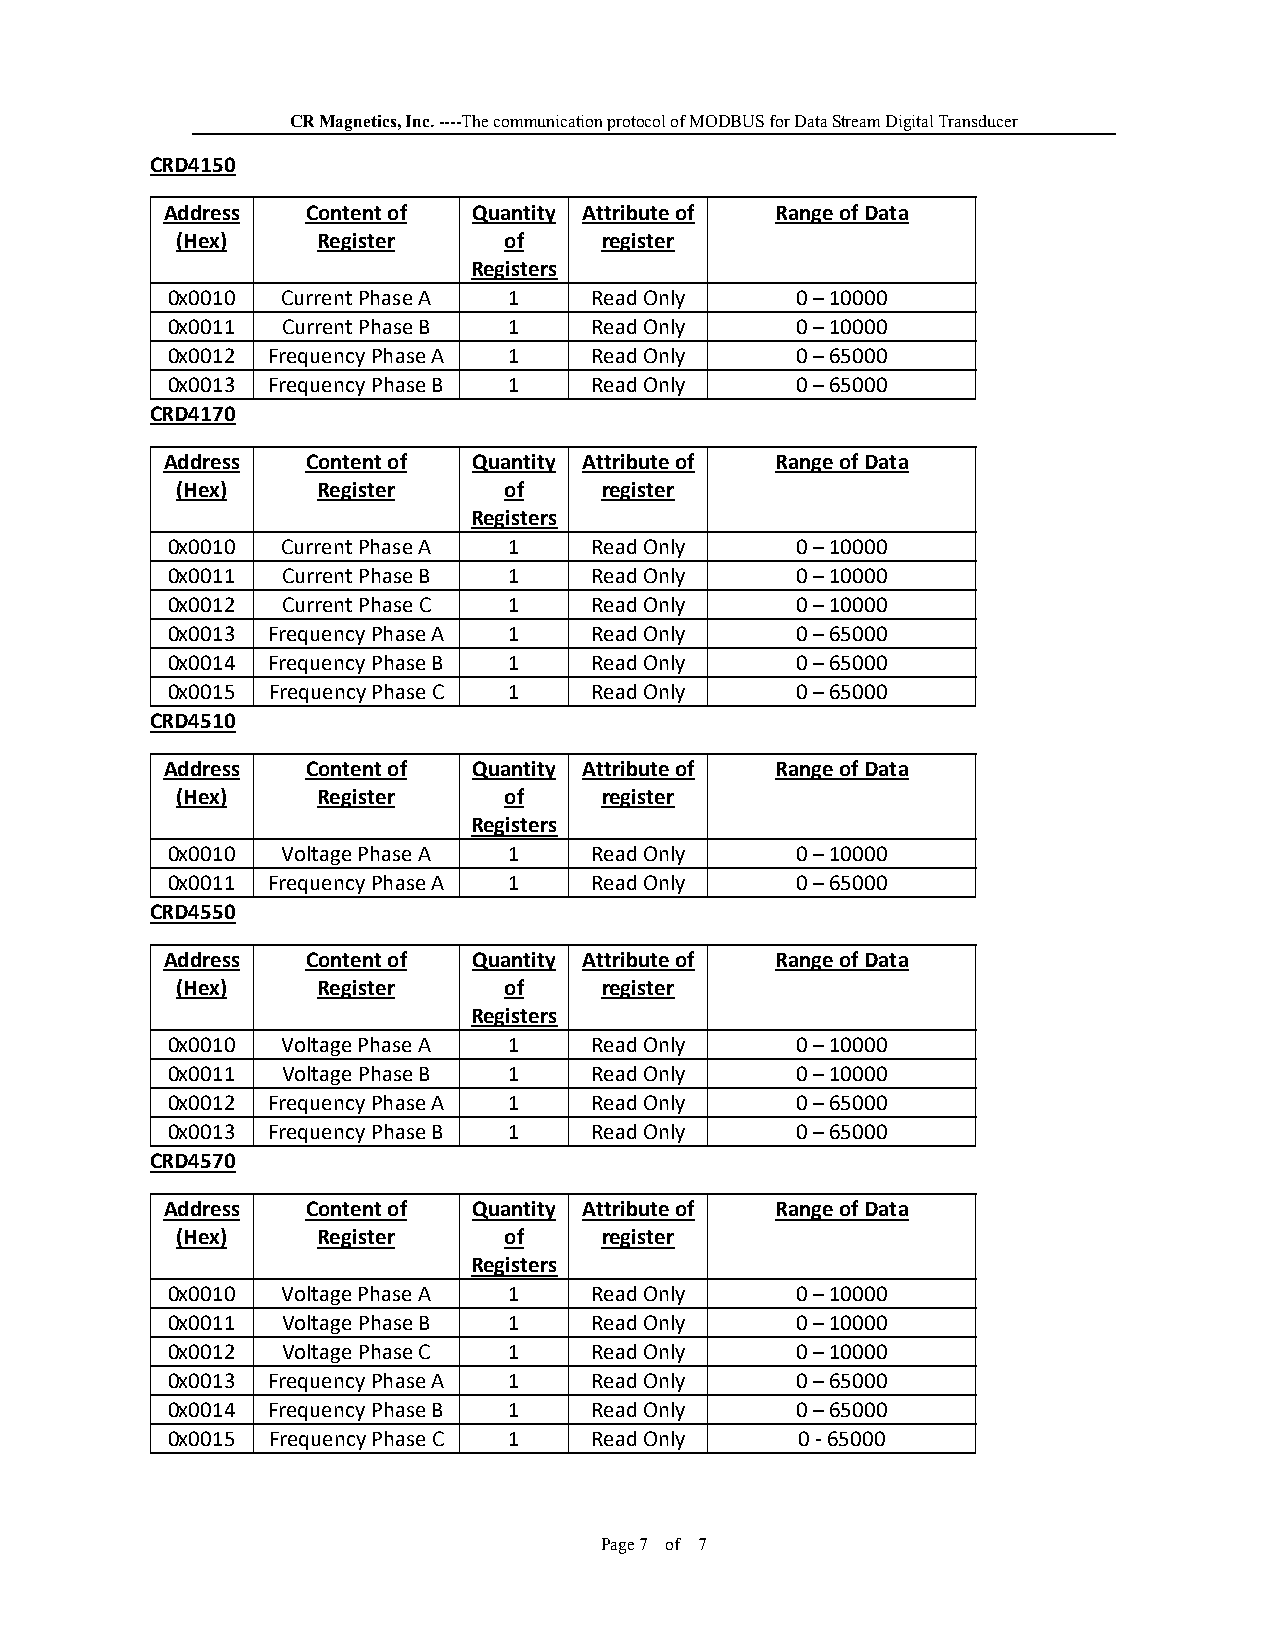
CR Magnetics, Inc. ----The communication protocol of MODBUS for Data Stream Digital Transducer
 CRD4150
 Address  Content of Quantity Attribute of Range of Data
 (Hex)    Register    of     register
 Registers
 0x0010  Current Phase A 1   Read Only     0 – 10000
 0x0011  Current Phase B 1   Read Only     0 – 10000
 0x0012 Frequency Phase A 1  Read Only     0 – 65000
 0x0013 Frequency Phase B 1  Read Only     0 – 65000
 CRD4170
 Address  Content of Quantity Attribute of Range of Data
 (Hex)    Register    of     register
 Registers
 0x0010  Current Phase A 1   Read Only     0 – 10000
 0x0011  Current Phase B 1   Read Only     0 – 10000
 0x0012  Current Phase C 1   Read Only     0 – 10000
 0x0013 Frequency Phase A 1  Read Only     0 – 65000
 0x0014 Frequency Phase B 1  Read Only     0 – 65000
 0x0015 Frequency Phase C 1  Read Only     0 – 65000
 CRD4510
 Address  Content of Quantity Attribute of Range of Data
 (Hex)    Register    of     register
 Registers
 0x0010  Voltage Phase A 1   Read Only     0 – 10000
 0x0011 Frequency Phase A 1  Read Only     0 – 65000
 CRD4550
 Address  Content of Quantity Attribute of Range of Data
 (Hex)    Register    of     register
 Registers
 0x0010  Voltage Phase A 1   Read Only     0 – 10000
 0x0011  Voltage Phase B 1   Read Only     0 – 10000
 0x0012 Frequency Phase A 1  Read Only     0 – 65000
 0x0013 Frequency Phase B 1  Read Only     0 – 65000
 CRD4570
 Address  Content of Quantity Attribute of Range of Data
 (Hex)    Register    of     register
 Registers
 0x0010  Voltage Phase A 1   Read Only     0 – 10000
 0x0011  Voltage Phase B 1   Read Only     0 – 10000
 0x0012  Voltage Phase C 1   Read Only     0 – 10000
 0x0013 Frequency Phase A 1  Read Only     0 – 65000
 0x0014 Frequency Phase B 1  Read Only     0 – 65000
 0x0015 Frequency Phase C 1  Read Only     0 ‐ 65000
 Page 7 of 7